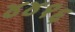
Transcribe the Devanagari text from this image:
४४१६